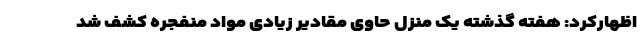
اظهارکرد: هفته گذشته یک منزل حاوی مقادیر زیادی مواد منفجره کشف شد